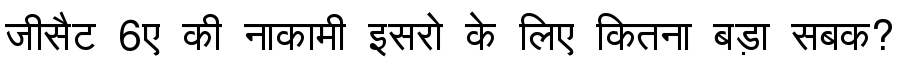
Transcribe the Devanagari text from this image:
जीसैट 6ए की नाकामी इसरो के लिए कितना बड़ा सबक?